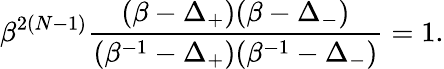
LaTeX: \beta^{2(N-1)}\frac{(\beta-\Delta_{+})(\beta-\Delta_{-})}{(\beta^{-1}-\Delta_{+})(\beta^{-1}-\Delta_{-})}=1.